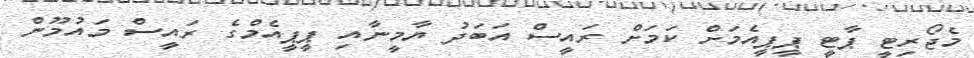
މެޖޯރިޓީ ޕާޓީ ޕީޕީއެމަށް ކަމަށް ރައީސް އަބަދު ޔާމީނާއި ޕީޕީއެމްގެ ރައީސް މައުމޫން